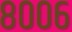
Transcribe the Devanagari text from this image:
८००६